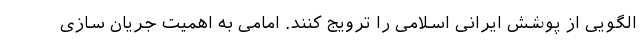
الگویی از پوشش ایرانی اسلامی را ترویج کنند. امامی به اهمیت جریان سازی